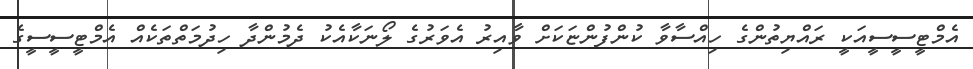
އެމްޓީސީސީއަކީ ރައްޔިތުންގެ ހިއްސާވާ ކުންފުންޏަކަށް ވާއިރު އެވަރުގެ ލޯނަކާއެކު ދެމުންދާ ހިދުމަތްތަކެއް އެމްޓީސީސީގެ